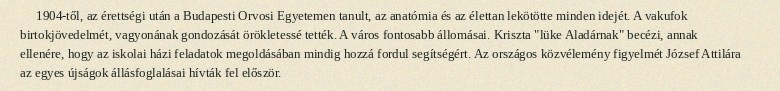
1904-től, az érettségi után a Budapesti Orvosi Egyetemen tanult, az anatómia és az élettan lekötötte minden idejét. A vakufok birtokjövedelmét, vagyonának gondozását örökletessé tették. A város fontosabb állomásai. Kriszta "lüke Aladárnak" becézi, annak ellenére, hogy az iskolai házi feladatok megoldásában mindig hozzá fordul segítségért. Az országos közvélemény figyelmét József Attilára az egyes újságok állásfoglalásai hívták fel először.